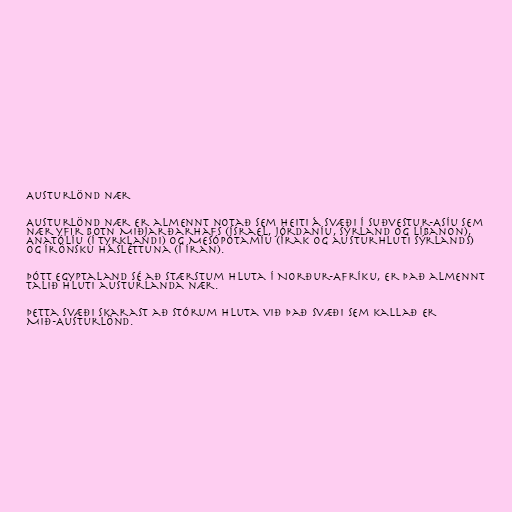
Austurlönd nær

Austurlönd nær er almennt notað sem heiti á svæði í Suðvestur-Asíu sem
nær yfir botn Miðjarðarhafs (Ísrael, Jórdaníu, Sýrland og Líbanon),
Anatólíu (í Tyrklandi) og Mesópótamíu (Írak og austurhluti Sýrlands)
og írönsku hásléttuna (í Íran).

Þótt Egyptaland sé að stærstum hluta í Norður-Afríku, er það almennt
talið hluti austurlanda nær.

Þetta svæði skarast að stórum hluta við það svæði sem kallað er
Mið-Austurlönd.